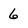
Character: 6